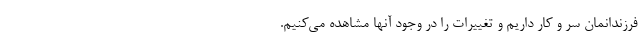
فرزندانمان سر و کار داریم و تغییرات را در وجود آنها مشاهده می‌کنیم.